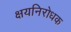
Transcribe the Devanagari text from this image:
क्षयनिरोधक